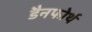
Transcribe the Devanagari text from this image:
डैनफोर्थ